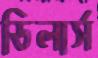
ডিলার্স